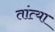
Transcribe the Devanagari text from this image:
तांत्‍या